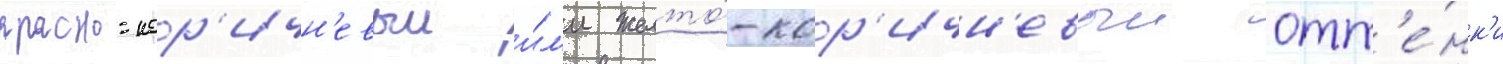
красно-кор'ичн'евыи и́л'и желто́-кор'ичн'евыи отт'е́нк'и